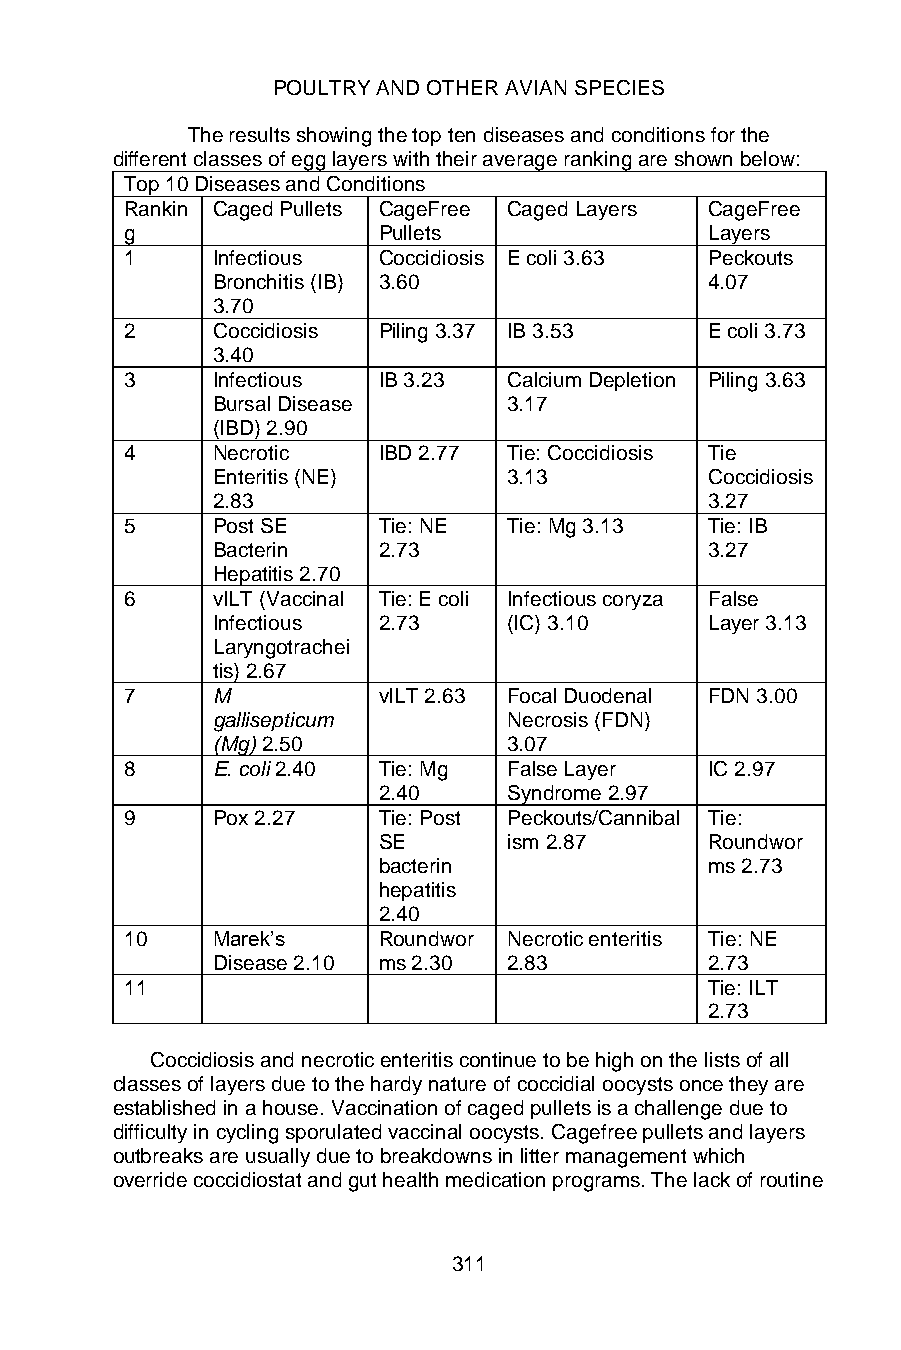
POULTRY AND OTHER AVIAN SPECIES
 The results showing the top ten diseases and conditions for the
 different classes of egg layers with their average ranking are shown below:
 Top 10 Diseases and Conditions
 Rankin Caged Pullets CageFree Caged Layers CageFree
 g                Pullets               Layers
 1     Infectious Coccidiosis E coli 3.63 Peckouts
 Bronchitis (IB) 3.60             4.07
 3.70
 2     Coccidiosis Piling 3.37 IB 3.53  E coli 3.73
 3.40
 3     Infectious IB 3.23  Calcium Depletion Piling 3.63
 Bursal Disease      3.17
 (IBD) 2.90
 4     Necrotic   IBD 2.77 Tie: Coccidiosis Tie
 Enteritis (NE)      3.13         Coccidiosis
 2.83                             3.27
 5     Post SE    Tie: NE  Tie: Mg 3.13 Tie: IB
 Bacterin   2.73                  3.27
 Hepatitis 2.70
 6     vILT (Vaccinal Tie: E coli Infectious coryza False
 Infectious 2.73     (IC) 3.10    Layer 3.13
 Laryngotrachei
 tis) 2.67
 7     M          vILT 2.63 Focal Duodenal FDN 3.00
 gallisepticum       Necrosis (FDN)
 (Mg) 2.50           3.07
 8     E. coli 2.40 Tie: Mg False Layer IC 2.97
 2.40     Syndrome 2.97
 9     Pox 2.27   Tie: Post Peckouts/Cannibal Tie:
 SE       ism 2.87     Roundwor
 bacterin              ms 2.73
 hepatitis
 2.40
 10    Marek’s    Roundwor Necrotic enteritis Tie: NE
 Disease 2.10 ms 2.30 2.83        2.73
 11                                     Tie: ILT
 2.73
 Coccidiosis and necrotic enteritis continue to be high on the lists of all
 classes of layers due to the hardy nature of coccidial oocysts once they are
 established in a house. Vaccination of caged pullets is a challenge due to
 difficulty in cycling sporulated vaccinal oocysts. Cagefree pullets and layers
 outbreaks are usually due to breakdowns in litter management which
 override coccidiostat and gut health medication programs. The lack of routine
 311